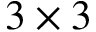
3 \times 3